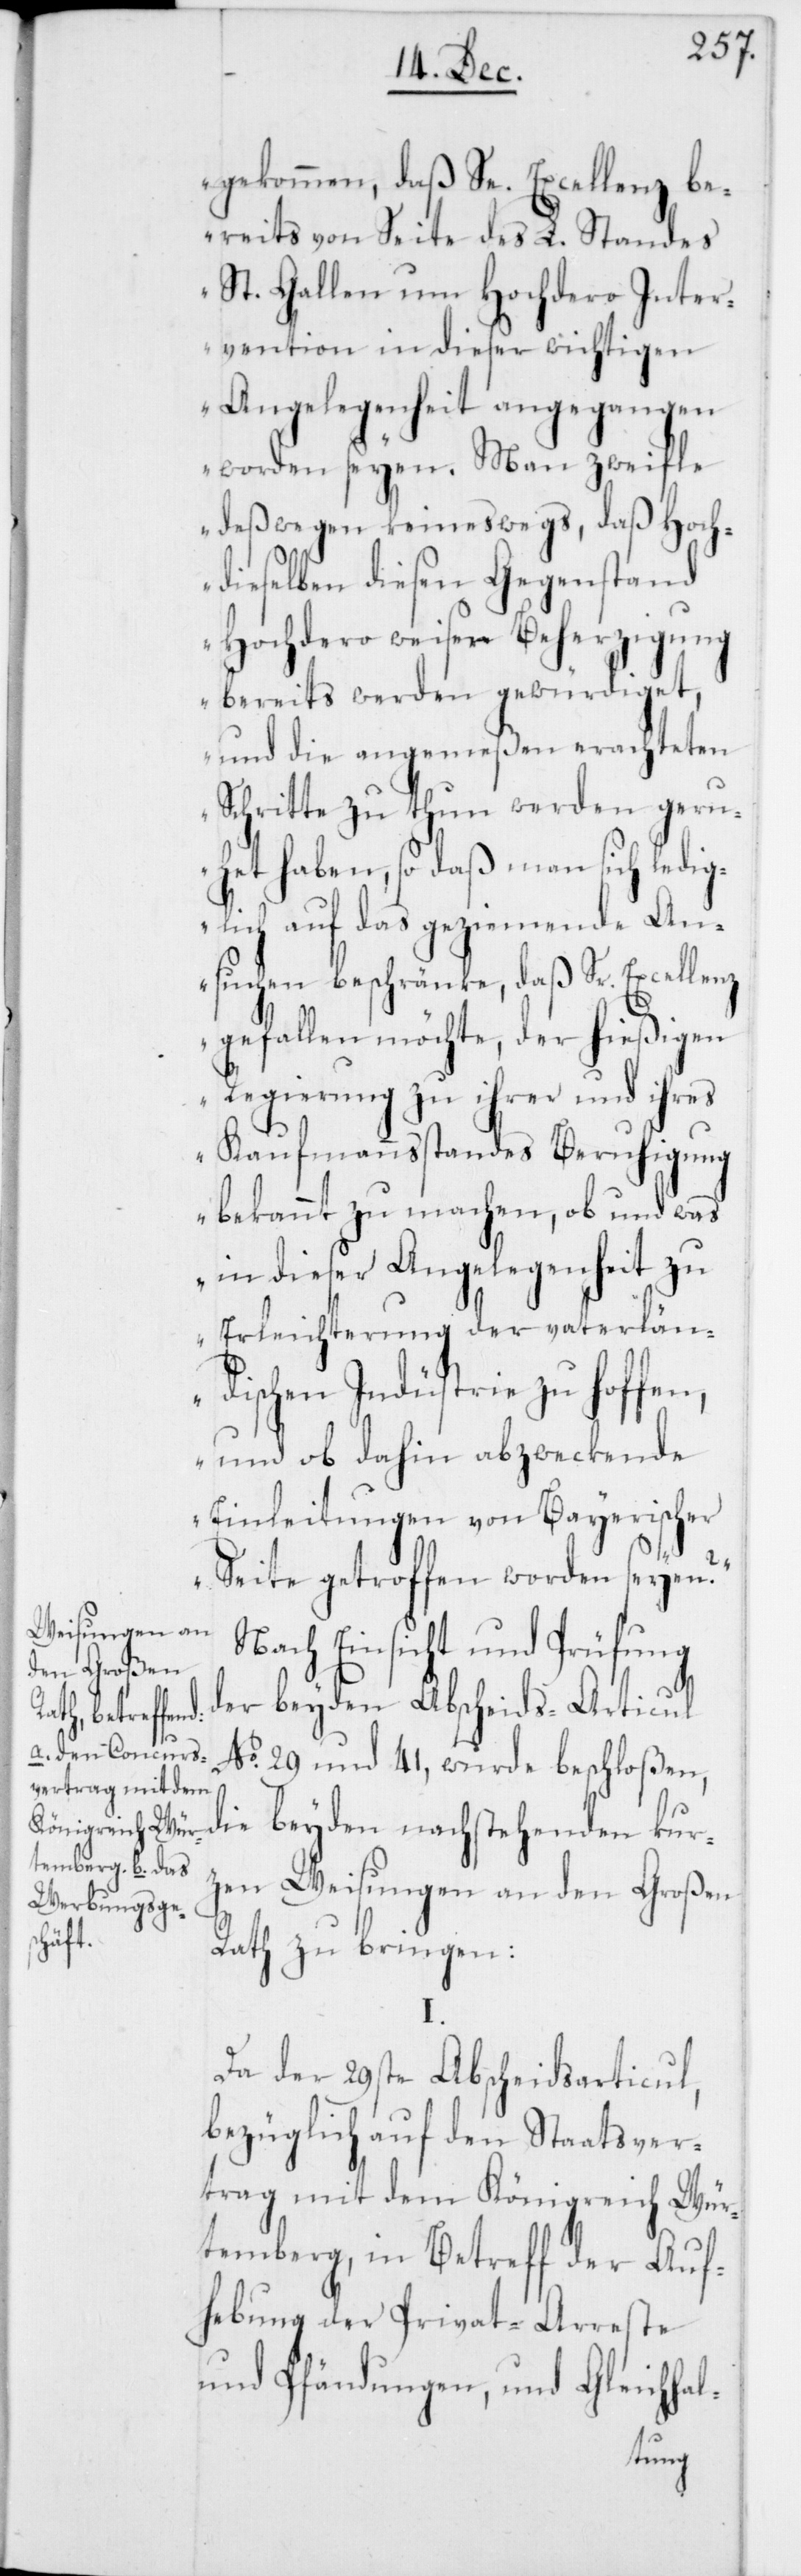
gekommen, daß Se. Excellenz be¬
reits von Seite des L. Standes
St. Gallen um Hochdero Inter¬
vention in dieser wichtigen
Angelegenheit angegangen
worden seyen. Man zweifle
deßwegen keineswegs, daß Hoch¬
dieselben diesen Gegenstand
Hochdero weiser Beherzigung
bereits werden gewürdiget,
und die angemeßen erachteten
Schritte zu thun werden geru¬
het haben, so daß man sich ledig¬
lich auf das geziemende An¬
suchen beschränke, daß Sr. Excellenz
gefallen möchte, der hießigen
Regierung zu ihrer und ihres
Kaufmannsstandes Beruhigung
bekannt zu machen, ob und was
in dieser Angelegenheit zu
Erleichterung der vaterlän¬
dischen Industrie zu hoffen,
und ob dahin abzweckende
Einleitungen von Bayerischer
Seite getroffen worden seyen?“
Nach Einsicht und Prüfung
der beyden Abscheids-Articul
No. 29 und 41, wurde beschloßen,
die beyden nachstehenden kur¬
zen Weisungen an den Großen
Rath zu bringen:
Da der 29ste Abscheidsarticul,
bezüglich auf den Staatsver¬
trag mit dem Königreich Wür¬
temberg, in Betreff der Auf¬
hebung der Privat-Arreste
und Pfändungen, und Gleichhal-